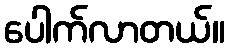
ပေါက်လာတယ်။